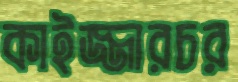
কাইজ্জারচর